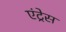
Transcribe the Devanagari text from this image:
एंट्रेस